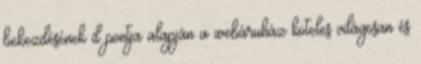
bekezdésének d pontja alapján a webáruház köteles világosan és